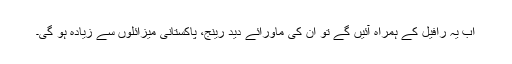
اب یہ رافیل کے ہمراہ آئیں گے تو ان کی ماورائے دید رینج، پاکستانی میزائلوں سے زیادہ ہو گی۔